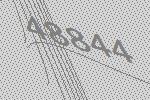
48844